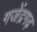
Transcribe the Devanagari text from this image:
गजेंद्रगढ़